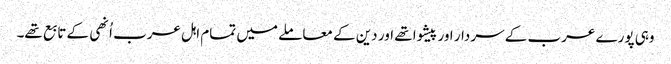
وہی پورے عرب کے سردار اور پیشوا تھے اور دین کے معاملے میں تمام اہل عرب اُنھی کے تابع تھے۔